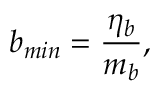
b _ { m i n } = \frac { \eta _ { b } } { m _ { b } } ,